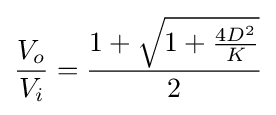
{\frac {V_{o}}{V_{i}}}={\frac {1+{\sqrt {1+{\frac {4D^{2}}{K}}}}}{2}}